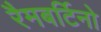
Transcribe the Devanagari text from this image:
रैमबर्टिनो